Scottish Leaving Certificate Examination, 1961
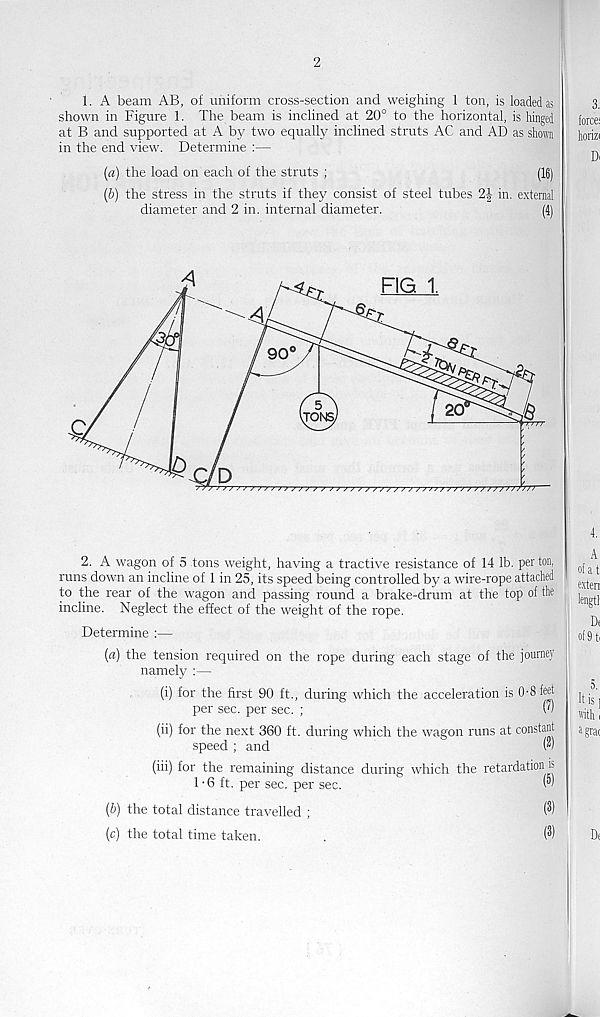
2
1. A beam AB, of uniform cross-section and weighing 1 ton, is loaded as
shown in Figure 1. The beam is inclined at 20° to the horizontal, is hinged
at B and supported at A by two equally inclined struts AC and AD as shown
in the end view. Determine :—
(a) the load on each of the struts ;
(16)
(&) the stress in the struts if they consist of steel tubes 2| in. external
diameter and 2 in. internal diameter.
(4)
2. A wagon of 5 tons weight, having a tractive resistance of 14 lb. per ton,
runs down an incline of 1 in 25, its speed being controlled by a wire-rope attached
to the rear of the wagon and passing round a brake-drum at the top of the
incline. Neglect the effect of the weight of the rope.
Determine :—
(a) the tension required on the rope during each stage of the journey
namely :—
(i) for the first 90 ft., during which the acceleration is 0-8 feet
per sec. per sec. ;
(')
(ii) for the next 360 ft. during which the wagon runs at constant
speed; and
^
(")
(iii) for the remaining distance during which the retardation is
1-6 ft. per sec. per sec.
(")
{b) the total distance travelled ;
(c) the total time taken.
(3)